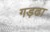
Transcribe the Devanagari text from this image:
गड़ढा